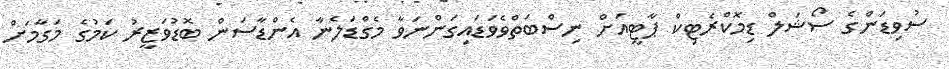
ސުވިޑަންގެ ސޯޝަލް ޑިމޮކްރެޓިކް ޕާޓީއަށް ނިސްބަތްވެވަޑައިގަންނަވާ މެގްޑަލެނާ އެންޑާސަން ބޮޑުވަޒީރު ކަމުގެ މަގާމަށް